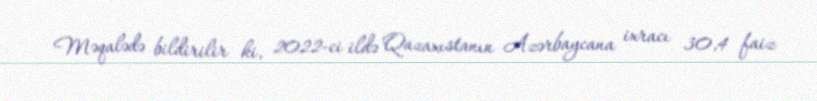
Məqalədə bildirilir ki, 2022-ci ildə Qazaxıstanın Azərbaycana ixracı 30,4 faiz